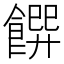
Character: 𩝁